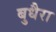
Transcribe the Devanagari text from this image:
बुधैरा